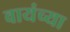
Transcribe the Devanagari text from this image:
वायंच्या